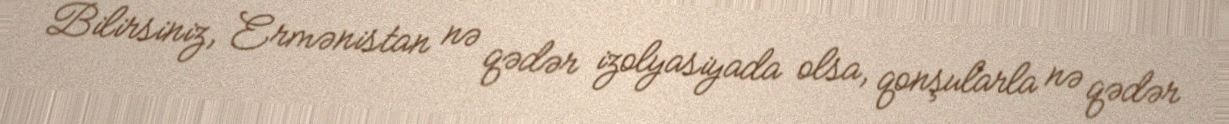
Bilirsiniz, Ermənistan nə qədər izolyasiyada olsa, qonşularla nə qədər